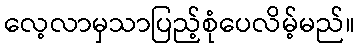
လေ့လာမှသာပြည့်စုံပေလိမ့်မည်။